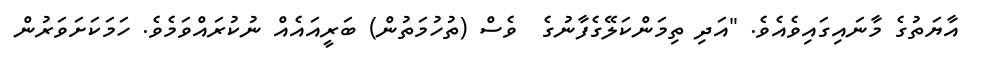
އާޔަތުގެ މާނައިގައިވެއެވެ. "އަދި ތިމަންކަލޭގެފާނުގެ  ވެސް (ތުހުމަތުން) ބަރީއައެއް ނުކުރައްވަމެވެ. ހަމަކަށަވަރުން